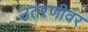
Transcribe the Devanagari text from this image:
उतरणीवर